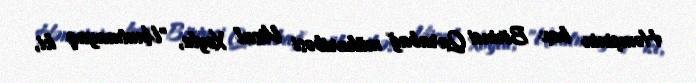
Həmçinin bax Birinci Qarabağ müharibəsi Vüsal Xoylu, "Unutmayaq ki,